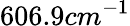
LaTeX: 606.9cm^{-1}